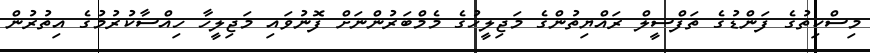
މިސްކިތުގެ ފަންޑުގެ ތަފްސީލް ރައްޔިތުންގެ މަޖިލީހުގެ މެމްބަރުންނަށް ފޮނުވައި މަޖިލީހާ ހިއްސާކުރުމުގެ އިތުރުން